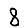
Digit: 8